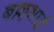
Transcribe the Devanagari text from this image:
बल्लभाई